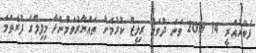
ފެބްރުއަރީ 14 2019 ވަނަ ދުވަހު ރިލީޒް ކުރުމަށް ތައްޔާރުވަމުންދާ މިފިލްގެ ފުރަތަމަ